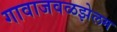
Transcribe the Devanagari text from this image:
गावाजवळझेलम